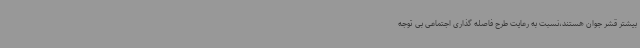
بیشتر قشر جوان هستند،نسبت به رعایت طرح فاصله گذاری اجتماعی بی توجه